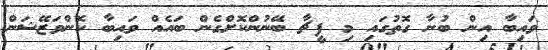
ވައިބާ އިން ބުނާ ގޮތުގައި މި ފީޗާ ބޭނުންކޮށްގެން ބައެއް ވައިބާ ކޮންވަޒޭޝަން